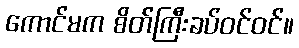
ကောင်မက စိတ်ကြီးခပ်ဝင်ဝင်။